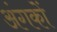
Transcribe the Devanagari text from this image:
अंगकों